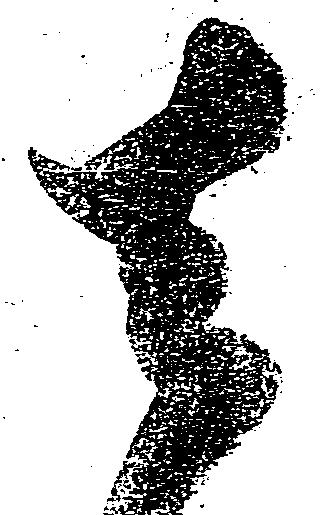
去